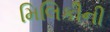
મિલિકીની